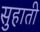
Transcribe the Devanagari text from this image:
सुहाती